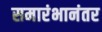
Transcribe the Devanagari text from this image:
समारंभानंतर